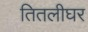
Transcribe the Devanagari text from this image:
तितलीघर